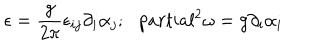
\epsilon = \frac { g } { 2 \pi } \epsilon _ { i j } \partial _ { i } \alpha _ { j } ; \ \ \, p a r t i a l ^ { 2 } \omega = g \partial _ { i } \alpha _ { i }